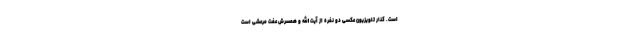
است. کنار تلویزیون عکسی دو نفره از آیت الله و همسرش عفت مرعشی است